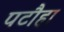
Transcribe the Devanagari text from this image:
पटौहा